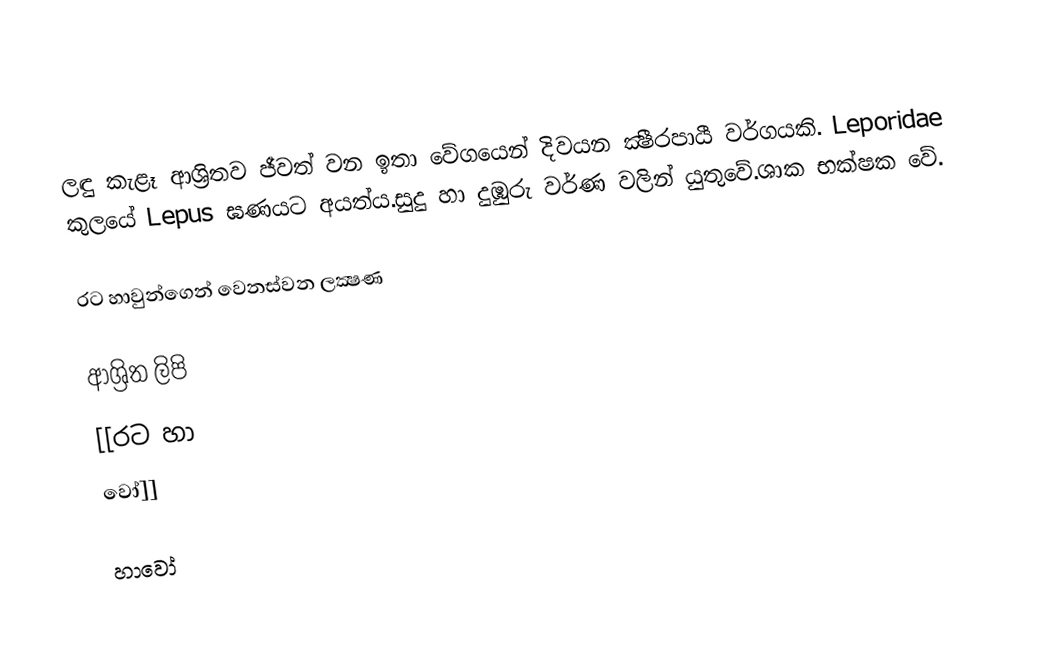
ලඳු කැළෑ ආශ්‍රිතව ජීවත් වන ඉතා වේගයෙන් දිවයන ක්‍ෂීරපායී වර්ගයකි. Leporidae කුලයේ Lepus ඝණයට අයත්ය.සුදු හා දුඹුරු වර්ණ වලින් යුතුවේ.ශාක භක්ෂක ⁣වේ.

රට හාවුන්ගෙන් වෙනස්වන ලක්‍ෂණ

ආශ්‍රිත ලිපි
 [[රට හා
වෝ]]

හාවෝ